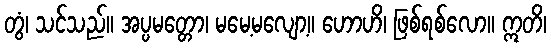
တွံ၊ သင်သည်။ အပ္ပမတ္တော၊ မမေ့မလျော့။ ဟောဟိ၊ ဖြစ်ရစ်လော။ ဣတိ၊